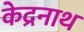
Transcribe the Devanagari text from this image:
केद्रनाथ